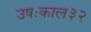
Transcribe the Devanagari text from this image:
उषःकाल३२